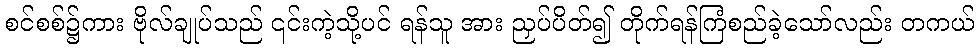
စင်စစ်၌ကား ဗိုလ်ချုပ်သည် ၎င်းကဲ့သို့ပင် ရန်သူ အား ညှပ်ပိတ်၍ တိုက်ရန်ကြံစည်ခဲ့သော်လည်း တကယ်